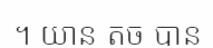
។ យាន តូច បាន